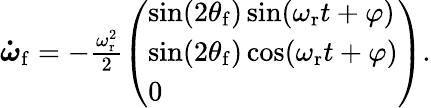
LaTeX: \begin{array}{r}{\boldsymbol{\dot{\omega}}_{\mathrm{f}}=-\frac{\omega_{\mathrm{r}}^{2}}{2}\left(\begin{array}{l}{\sin(2\theta_{\mathrm{f}})\sin(\omega_{\mathrm{r}}t+\varphi)}\\ {\sin(2\theta_{\mathrm{f}})\cos(\omega_{\mathrm{r}}t+\varphi)}\\ {0}\end{array}\right).}\end{array}